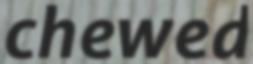
chewed